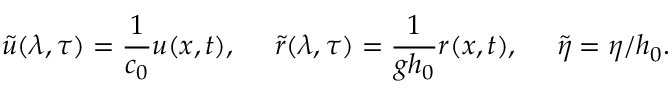
\tilde { u } ( \lambda , \tau ) = \frac { 1 } { c _ { 0 } } u ( x , t ) , ~ ~ ~ ~ \tilde { r } ( \lambda , \tau ) = \frac { 1 } { g h _ { 0 } } r ( x , t ) , ~ ~ ~ ~ \tilde { \eta } = \eta / h _ { 0 } .